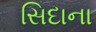
સિદાના